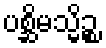
ပစ္ဆိမသ္မိဉ္စ